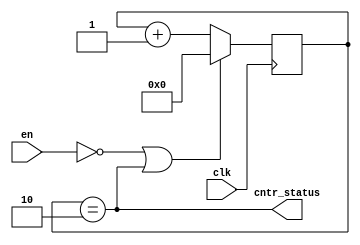
module cntr_4 #(parameter BL = 4'b0010)(
    input wire clk,
    input wire en,
    output wire cntr_status
);
reg [3:0] cntr=4'b000;
assign cntr_status = (cntr==BL);

always @(posedge clk)
begin
    if(!en || cntr== BL)  cntr<=4'b0000;
    else   cntr<=cntr+4'b0001;
end

endmodule